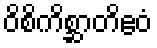
ဝိစိကိစ္ဆာတိဧဝံ